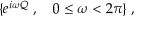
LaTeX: \{ e ^ { i \omega Q } \; , \quad 0 \le \omega < 2 \pi \} \; ,